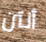
أنتن